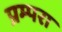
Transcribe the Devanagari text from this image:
प्रम्परा